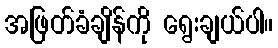
အဖြတ်ခံချိန်ကို ရွေးချယ်ပါ။